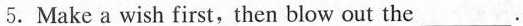
5.Make a wish first, then blow out the___ .